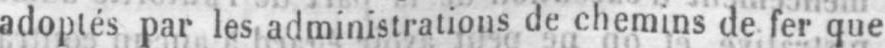
adoptés par les administrations de chemins de fer que